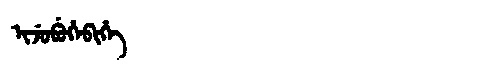
Manchu: ᡳᠵᡠᠪᡠᡥᡝᠪᡳᡥᡝ
Romanization: IJUBUHEBIHE